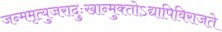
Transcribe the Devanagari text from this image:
जन्ममृत्युजरादुःखान्मुक्‍तोऽद्यापिविराजते